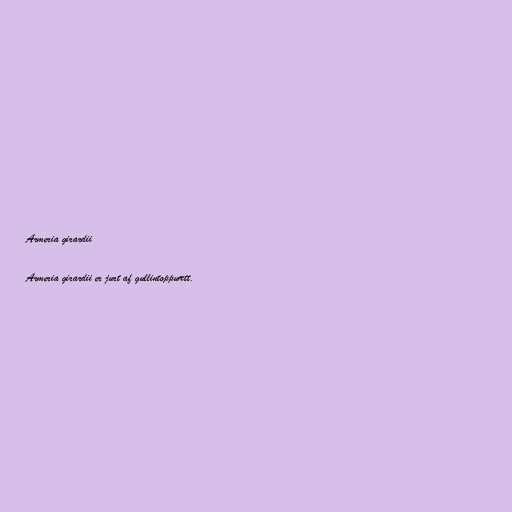
Armeria girardii

Armeria girardii er jurt af gullintoppuætt.